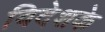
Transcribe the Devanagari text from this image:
विदेशके